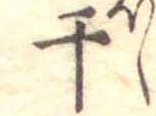
干